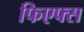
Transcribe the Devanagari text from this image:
फिएफ्स